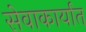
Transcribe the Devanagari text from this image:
सेवाकार्यात